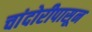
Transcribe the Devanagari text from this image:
चांदोरीपासून